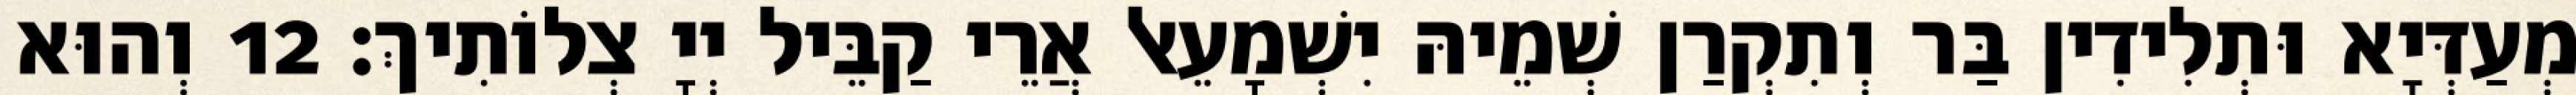
מְעַדְּיָא וּתְלִידִין בַּר וְתִקְרַן שְׁמֵיהּ יִשְׁמָעֵאל אֲרֵי קַבֵּיל יְיָ צְלוֹתִיךְ׃ 12 וְהוּא